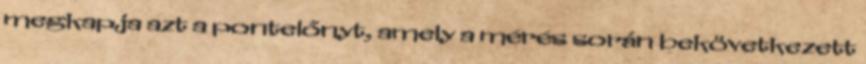
megkapja azt a pontelőnyt, amely a mérés során bekövetkezett